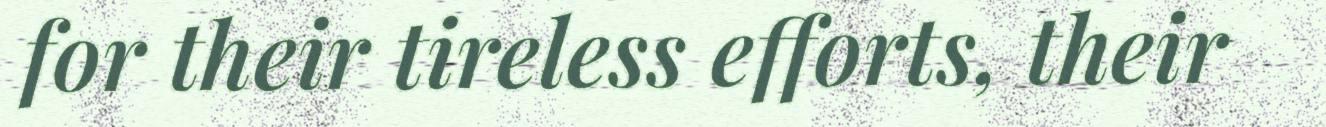
for their tireless efforts, their